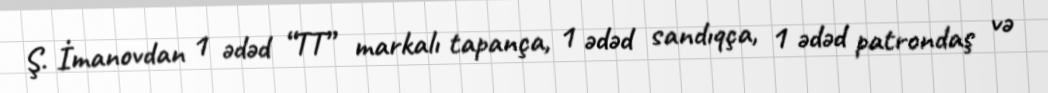
Ş. İmanovdan 1 ədəd “TT” markalı tapança, 1 ədəd sandıqça, 1 ədəd patrondaş və